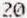
20